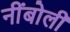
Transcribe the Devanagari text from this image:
नींबोली